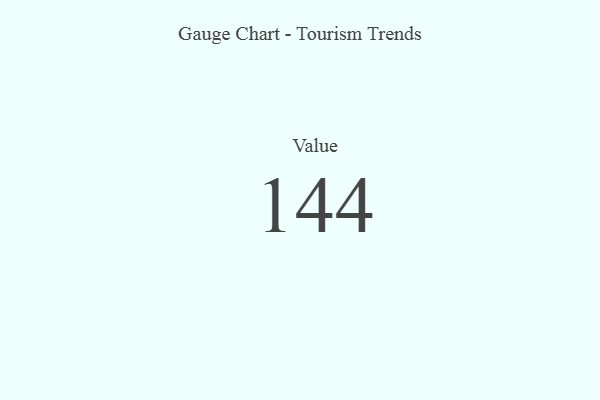
{"axis": {"x": "Metric", "y": "Value"}, "legend": [""], "data": [{"x": "Value", "y": 144, "type": ""}]}